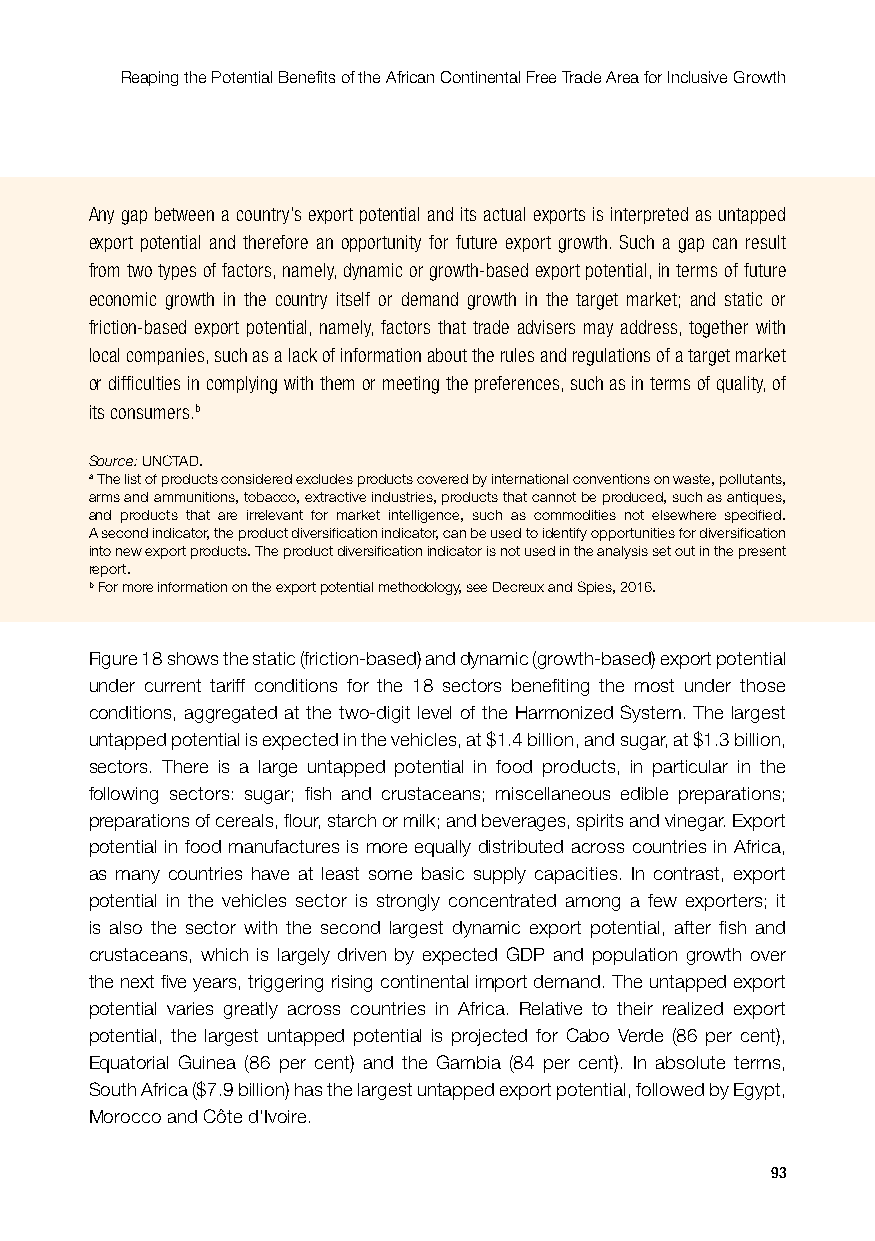
Reaping the Potential Benefits of the African Continental Free Trade Area for Inclusive Growth
 Any gap between a country’s export potential and its actual exports is interpreted as untapped
 export potential and therefore an opportunity for future export growth. Such a gap can result
 from two types of factors, namely, dynamic or growth-based export potential, in terms of future
 economic growth in the country itself or demand growth in the target market; and static or
 friction-based export potential, namely, factors that trade advisers may address, together with
 local companies, such as a lack of information about the rules and regulations of a target market
 or difficulties in complying with them or meeting the preferences, such as in terms of quality, of
 its consumers.b
 Source: UNCTAD.
 a The list of products considered excludes products covered by international conventions on waste, pollutants,
 arms and ammunitions, tobacco, extractive industries, products that cannot be produced, such as antiques,
 and products that are irrelevant for market intelligence, such as commodities not elsewhere specified.
 A second indicator, the product diversification indicator, can be used to identify opportunities for diversification
 into new export products. The product diversification indicator is not used in the analysis set out in the present
 report.
 b For more information on the export potential methodology, see Decreux and Spies, 2016.
 Figure 18 shows the static (friction-based) and dynamic (growth-based) export potential
 under current tariff conditions for the 18 sectors benefiting the most under those
 conditions, aggregated at the two-digit level of the Harmonized System. The largest
 untapped potential is expected in the vehicles, at $1.4 billion, and sugar, at $1.3 billion,
 sectors. There is a large untapped potential in food products, in particular in the
 following sectors: sugar; fish and crustaceans; miscellaneous edible preparations;
 preparations of cereals, flour, starch or milk; and beverages, spirits and vinegar. Export
 potential in food manufactures is more equally distributed across countries in Africa,
 as many countries have at least some basic supply capacities. In contrast, export
 potential in the vehicles sector is strongly concentrated among a few exporters; it
 is also the sector with the second largest dynamic export potential, after fish and
 crustaceans, which is largely driven by expected GDP and population growth over
 the next five years, triggering rising continental import demand. The untapped export
 potential varies greatly across countries in Africa. Relative to their realized export
 potential, the largest untapped potential is projected for Cabo Verde (86 per cent),
 Equatorial Guinea (86 per cent) and the Gambia (84 per cent). In absolute terms,
 South Africa ($7.9 billion) has the largest untapped export potential, followed by Egypt,
 Morocco and Côte d’Ivoire.
 93